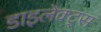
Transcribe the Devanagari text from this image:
डाइलेक्ट्स